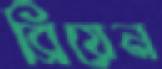
ব্রিয়েন